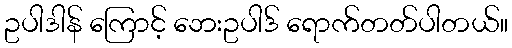
ဥပါဒါန် ကြောင့် ဘေးဥပါဒ် ရောက်တတ်ပါတယ်။